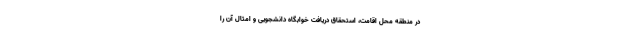
در منطقه محل اقامت، استحقاق دریافت خوابگاه دانشجویی و امثال آن را